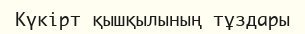
Күкірт қышқылының тұздары